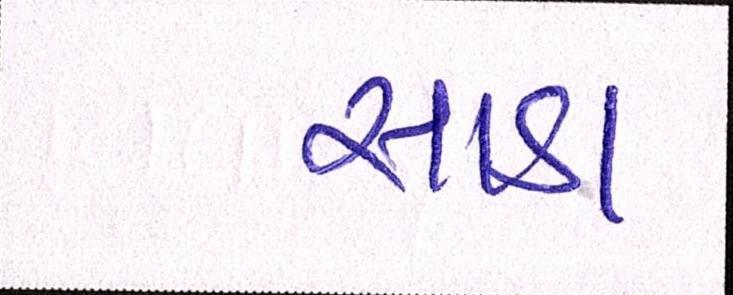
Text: સાડા